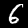
Digit: 6